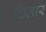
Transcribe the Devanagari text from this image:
चितार